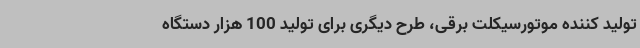
تولید کننده موتورسیکلت برقی، طرح دیگری برای تولید 100 هزار دستگاه